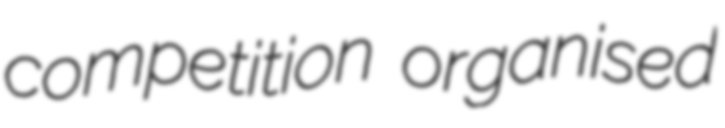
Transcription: competition organised